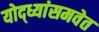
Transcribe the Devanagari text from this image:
योद्ध्यांसमवेत